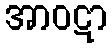
အာဝဋာ